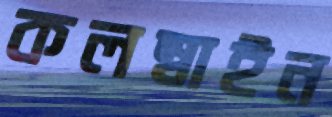
কলম্বাইন